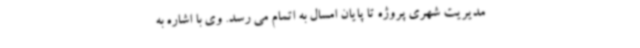
مدیریت شهری پروژه تا پایان امسال به اتمام می رسد. وی با اشاره به